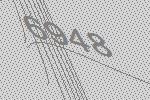
6948